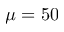
\mu = 5 0